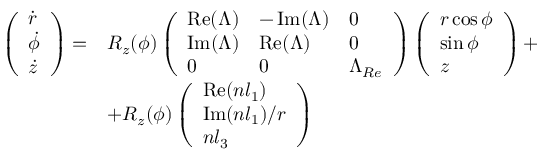
\begin{array} { r l } { \left( \begin{array} { l } { \dot { r } } \\ { \dot { \phi } } \\ { \dot { z } } \end{array} \right) = } & { R _ { z } ( \phi ) \left( \begin{array} { l l l } { \operatorname { R e } ( \Lambda ) } & { - \operatorname { I m } ( \Lambda ) } & { 0 } \\ { \operatorname { I m } ( \Lambda ) } & { \operatorname { R e } ( \Lambda ) } & { 0 } \\ { 0 } & { 0 } & { \Lambda _ { R e } } \end{array} \right) \left( \begin{array} { l } { r \cos \phi } \\ { \sin \phi } \\ { z } \end{array} \right) + } \\ & { + R _ { z } ( \phi ) \left( \begin{array} { l } { \operatorname { R e } ( n l _ { 1 } ) } \\ { \operatorname { I m } ( n l _ { 1 } ) / r } \\ { n l _ { 3 } } \end{array} \right) } \end{array}